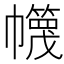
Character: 𢅵